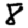
Digit: 8